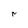
Character: r